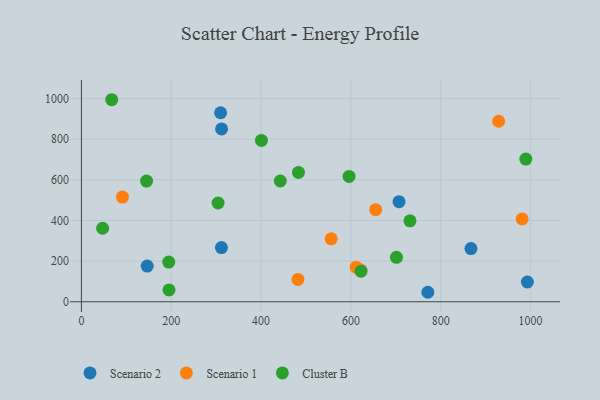
{"axis": {"x": "Experience", "y": "Exam Score"}, "legend": ["Cluster B", "Scenario 1", "Scenario 2"], "data": [{"x": "309.8", "y": 929.7, "type": "Scenario 2"}, {"x": "771.2", "y": 46.6, "type": "Scenario 2"}, {"x": "311.7", "y": 266.4, "type": "Scenario 2"}, {"x": "867.2", "y": 261.4, "type": "Scenario 2"}, {"x": "312.0", "y": 850.2, "type": "Scenario 2"}, {"x": "146.4", "y": 175.3, "type": "Scenario 2"}, {"x": "707.1", "y": 492.2, "type": "Scenario 2"}, {"x": "992.8", "y": 97.2, "type": "Scenario 2"}, {"x": "482.0", "y": 109.7, "type": "Scenario 1"}, {"x": "655.1", "y": 452.8, "type": "Scenario 1"}, {"x": "981.2", "y": 407.6, "type": "Scenario 1"}, {"x": "611.6", "y": 170.3, "type": "Scenario 1"}, {"x": "91.3", "y": 514.9, "type": "Scenario 1"}, {"x": "556.1", "y": 309.6, "type": "Scenario 1"}, {"x": "621.3", "y": 157.1, "type": "Scenario 1"}, {"x": "928.8", "y": 887.8, "type": "Scenario 1"}, {"x": "400.7", "y": 793.6, "type": "Cluster B"}, {"x": "47.2", "y": 361.5, "type": "Cluster B"}, {"x": "145.0", "y": 593.6, "type": "Cluster B"}, {"x": "483.2", "y": 636.2, "type": "Cluster B"}, {"x": "304.2", "y": 485.8, "type": "Cluster B"}, {"x": "731.4", "y": 398.0, "type": "Cluster B"}, {"x": "195.0", "y": 58.0, "type": "Cluster B"}, {"x": "989.3", "y": 702.0, "type": "Cluster B"}, {"x": "67.4", "y": 993.8, "type": "Cluster B"}, {"x": "595.9", "y": 616.4, "type": "Cluster B"}, {"x": "622.5", "y": 150.6, "type": "Cluster B"}, {"x": "194.4", "y": 195.4, "type": "Cluster B"}, {"x": "701.4", "y": 218.7, "type": "Cluster B"}, {"x": "442.8", "y": 594.0, "type": "Cluster B"}]}